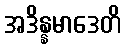
အဒိန္နမာဒေတိ